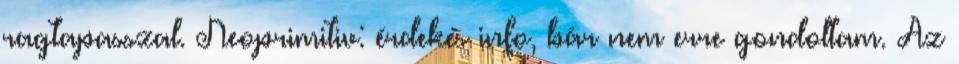
ragtapasszal. Neoprimitiv: érdekes info, bár nem erre gondoltam. Az